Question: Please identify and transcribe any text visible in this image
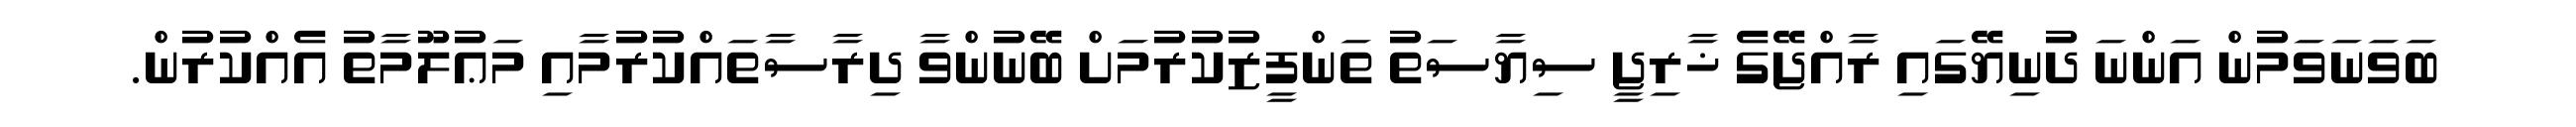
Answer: ބަވަނަވަމުން އަންނަ ދުނިޔޭގައި ރާއްޖޭގެ ޚާރިޖީ ސިޔާސަތު ތަންފީޒުކުރުމަށް ބޭނުންވާ ދިރާސާތައްކުރުމާއި މަޢުލޫމާތު އެއްކުރުން.